Annual statistical returns and brief notes on vaccination in Bengal - 1896-1909
Year: 1896
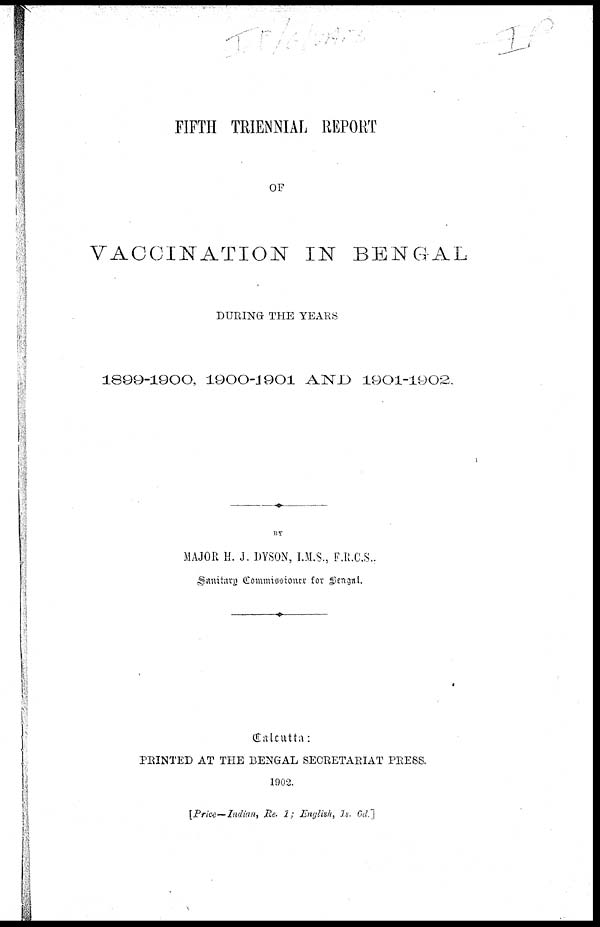
FIFTH TRIENNIAL REPORT
OF
VACCINATION IN BENGAL
DURING THE YEARS
1899-1900, 1900-1901 AND 1901-1902.
BY
MAJOR H. J. DYSON, I.M.S., F.R.C.S.,
Sanitary Commissioner for Bengal.
Calcutta:
PRINTED AT THE BENGAL SECRETARIAT PRESS.
1902.
[Price—Indian, Re. 1; English, 1s. 6d.]